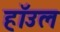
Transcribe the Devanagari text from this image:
हाॅउल